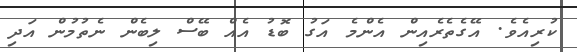
ކުރިއެވެ. އޭގެތެރެއިން އެންމެ އަގު ބޮޑު އެއް ބޭސް ލިބެން ނެތުމުން އަދި